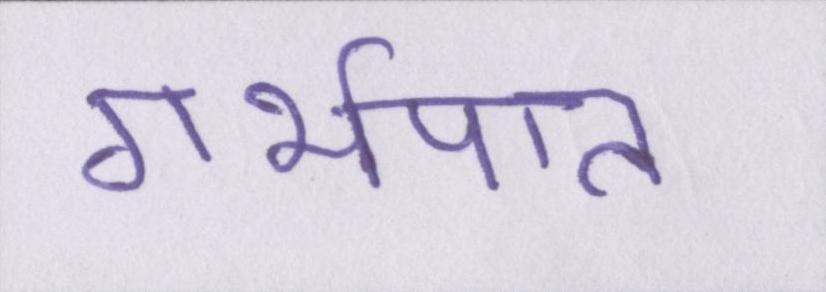
गर्भपात